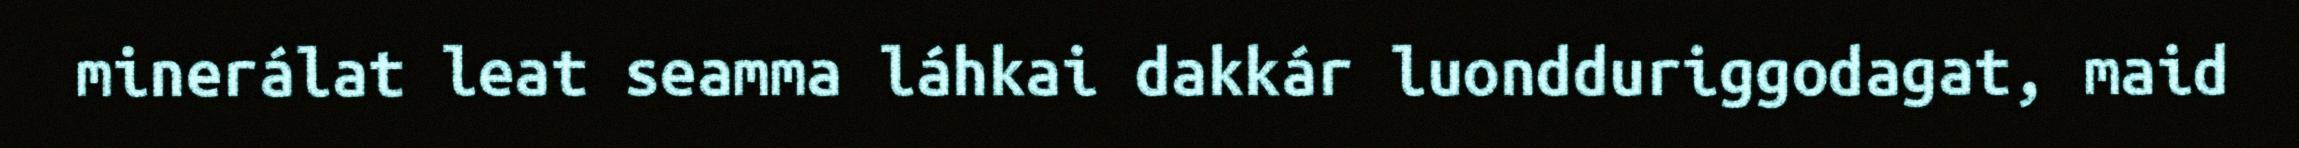
minerálat leat seamma láhkai dakkár luondduriggodagat, maid